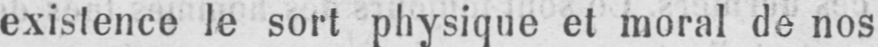
existence le sort physique et moral de nos